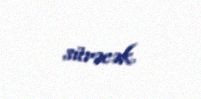
sürəcək.